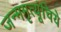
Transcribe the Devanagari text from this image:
जन्ममृत्यूंचिये